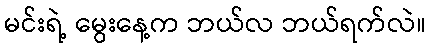
မင်းရဲ့ မွေးနေ့က ဘယ်လ ဘယ်ရက်လဲ။